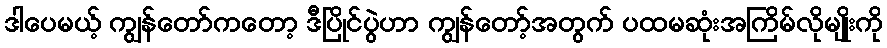
ဒါပေမယ့် ကျွန်တော်ကတော့ ဒီပြိုင်ပွဲဟာ ကျွန်တော့်အတွက် ပထမဆုံးအကြိမ်လိုမျိုးကို